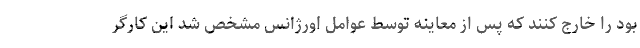
بود را خارج کنند که پس از معاینه توسط عوامل اورژانس مشخص شد این کارگر